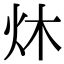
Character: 炑